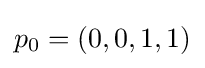
p_{0}=(0,0,1,1)